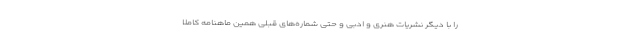
را با دیگر نشریات هنری و ادبی و حتی شماره‌های قبلی همین ماهنامه کاملا